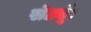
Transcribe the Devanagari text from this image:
सेठ्यूँ।